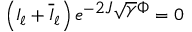
\left( I _ { \ell } + \overline { { I } } _ { \ell } \right) e ^ { - \displaystyle 2 J \sqrt { \gamma } \Phi } = 0